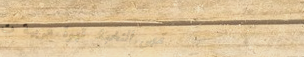
مقهى النخبة: قهوة عربية ت